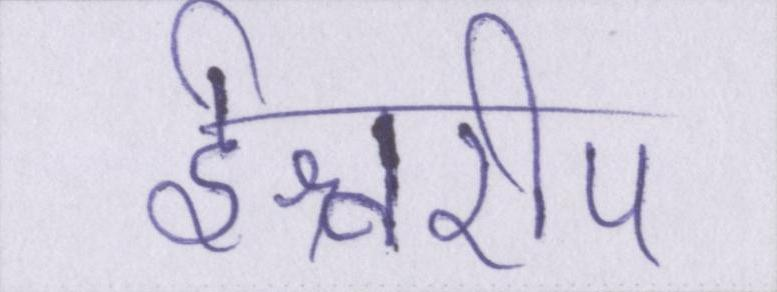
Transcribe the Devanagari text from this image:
ईश्वरीय